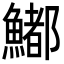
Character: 𩼁